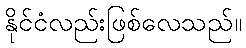
နိုင်ငံလည်းဖြစ်လေသည်။